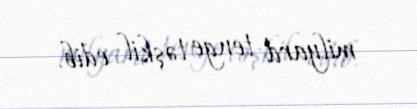
milyard tenge təşkil edib.